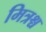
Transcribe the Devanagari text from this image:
मित्रश्च